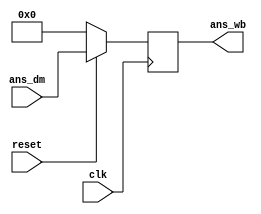
module write_back_block(ans_wb, ans_dm, clk, reset);
input [15:0] ans_dm;
input clk, reset;
output reg [15:0] ans_wb;

//ans_wb gets the value of ans_dm, if not reset
always@(posedge clk)
begin
	if(reset) //Clock synchronous and negative level triggered
		ans_wb <= ans_dm;
	else
		ans_wb <= 0;
end


endmodule